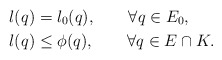
\begin{align*} l(q) &= l_0(q), \qquad\forall q\in E_0,\\ l(q) &\le \phi(q), \qquad\forall q\in E\cap K.\end{align*}